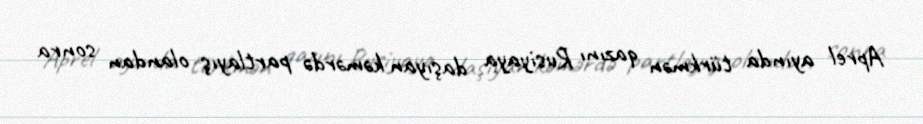
Aprel ayında türkmən qazını Rusiyaya daşıyan kəmərdə partlayış olandan sonra